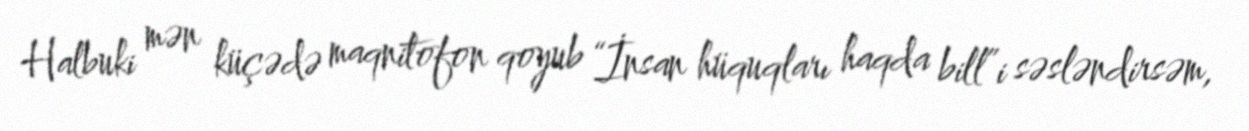
Halbuki mən küçədə maqnitofon qoyub “İnsan hüquqları haqda bill”i səsləndirsəm,